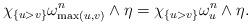
LaTeX: \begin{align*}\chi_{\{u>v\}}\omega^n_{\max(u, v)}\wedge \eta=\chi_{\{u>v\}} \omega^n_u\wedge \eta. \end{align*}